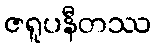
ဇရူပနီတဿ